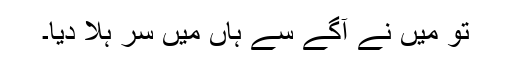
تو میں نے آگے سے ہاں میں سر ہلا دیا۔